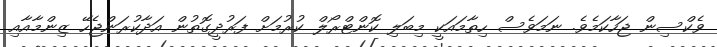
ވެކްސިން ޖަހާކަމެވެ. ނަމަވެސް ހިތާމައަކީ މިބަލި ކޮންޓްރޯލް ކުރުމަށް ފަރުދީގޮތުން އަދާކުރަންޖެހޭ ޒިންމާއާއި